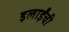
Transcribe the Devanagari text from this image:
इलाईंची